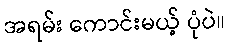
အရမ်း ကောင်းမယ့် ပုံပဲ။